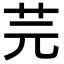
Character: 芫